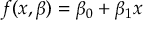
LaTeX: f ( x , { \boldsymbol { \beta } } ) = \beta _ { 0 } + \beta _ { 1 } x